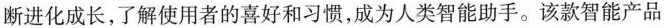
断进化成长，了解使用者的喜好和习惯，成为人类智能助手。该款智能产品